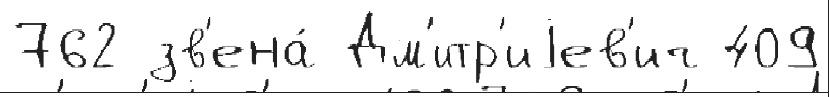
762 зв'ена́ Дм'итр'иjев'ич 409